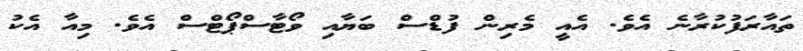
ތައާރަފުކުރާނެ އެވެ. އެއީ މެރިން ފުޑްސް ބަޔާއި ވޯޓާސްޕޯޓްސް އެވެ. މިއާ އެކު